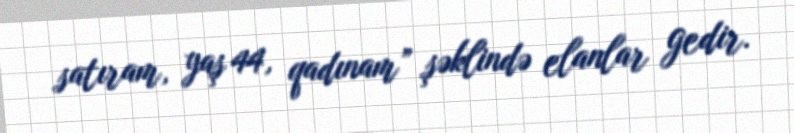
satıram, yaş 44, qadınam” şəklində elanlar gedir.